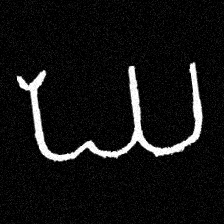
Pyu character \u2014 Myanmar letter: ဃ (romanized: gha)